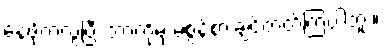
နေဖို့ကလွဲပြီး ဘာကိုမှ မစွန့်စားချင်တတ်ကြပါဘူး။